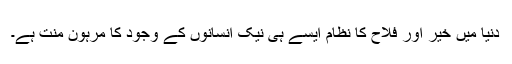
دنیا میں خیر اور فلاح کا نظام ایسے ہی نیک انسانوں کے وجود کا مرہون منت ہے۔